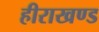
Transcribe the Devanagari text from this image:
हीराखण्ड